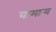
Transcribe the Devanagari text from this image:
वामान्य